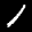
Label: 1